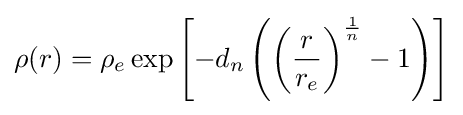
\rho (r)=\rho _{e}\exp \left[-d_{n}\left(\left({\frac {r}{r_{e}}}\right)^{\frac {1}{n}}-1\right)\right]